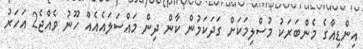
އިންޑިއާގެ މެންބަރަކު މުސްލިމަކަށް ގަދަކަމުން ކާން ދިން މައްސަލައެއެއް ހޫނު ވެއްޖެ2 އަހަރު